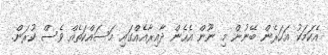
އެކަމަކު އަހަރެން ބޭނުން މި ނޫން އެހެން ދާއިރާއެއްގައި މަސައްކަތެއް ވެސް ކުރަން.